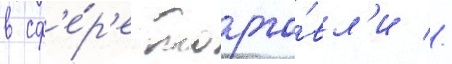
в сф'е́р'е торго́вл'и //